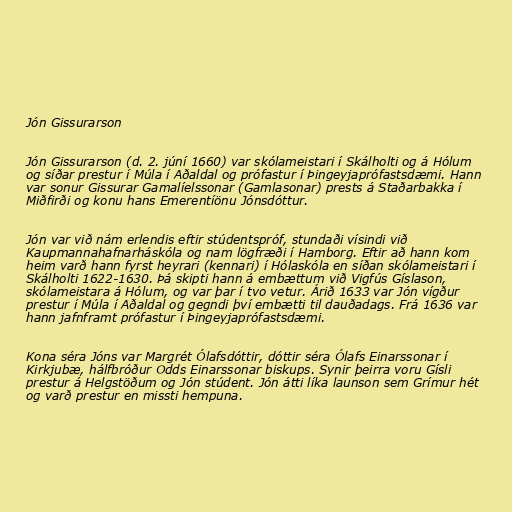
Jón Gissurarson

Jón Gissurarson (d. 2. júní 1660) var skólameistari í Skálholti og á Hólum
og síðar prestur í Múla í Aðaldal og prófastur í Þingeyjaprófastsdæmi. Hann
var sonur Gissurar Gamalíelssonar (Gamlasonar) prests á Staðarbakka í
Miðfirði og konu hans Emerentíönu Jónsdóttur.

Jón var við nám erlendis eftir stúdentspróf, stundaði vísindi við
Kaupmannahafnarháskóla og nam lögfræði í Hamborg. Eftir að hann kom
heim varð hann fyrst heyrari (kennari) í Hólaskóla en síðan skólameistari í
Skálholti 1622-1630. Þá skipti hann á embættum við Vigfús Gíslason,
skólameistara á Hólum, og var þar í tvo vetur. Árið 1633 var Jón vígður
prestur í Múla í Aðaldal og gegndi því embætti til dauðadags. Frá 1636 var
hann jafnframt prófastur í Þingeyjaprófastsdæmi.

Kona séra Jóns var Margrét Ólafsdóttir, dóttir séra Ólafs Einarssonar í
Kirkjubæ, hálfbróður Odds Einarssonar biskups. Synir þeirra voru Gísli
prestur á Helgstöðum og Jón stúdent. Jón átti líka launson sem Grímur hét
og varð prestur en missti hempuna.